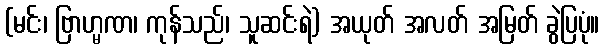
(မင်း၊ ဗြာဟ္မဏ၊ ကုန်သည်၊ သူဆင်းရဲ) အယုတ် အလတ် အမြတ် ခွဲပြပုံ။